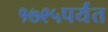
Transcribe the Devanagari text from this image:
१७९५पर्यंत